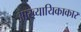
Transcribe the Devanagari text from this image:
आख्यायिकाकार